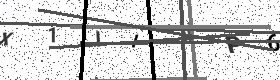
Text: X1IIJP6